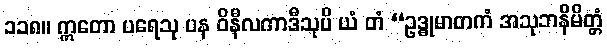
၁၁၈။ ဣတော ပရေသု ပန ဝိနီလကာဒီသုပိ ယံ တံ “ဥဒ္ဓုမာတကံ အသုဘနိမိတ္တံ